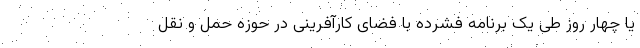
یا چهار روز طی یک برنامه فشرده با فضای کارآفرینی در حوزه حمل و نقل